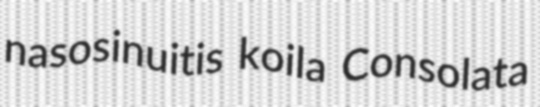
nasosinuitis koila Consolata